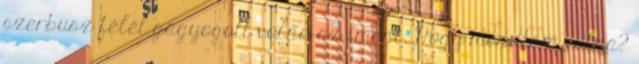
szerbusz félét gagyogott volna az imént. Hogy mondtam volna?